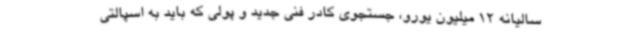
سالیانه 12 میلیون یورو، جستجوی کادر فنی جدید و پولی که باید به اسپالتی